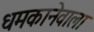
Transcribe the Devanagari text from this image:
धमकानेवाला